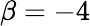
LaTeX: \beta=-4